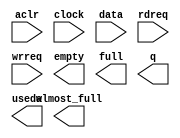
module cpci_pci2net_16x60 (
	aclr,
	clock,
	data,
	rdreq,
	wrreq,
	almost_full,
	empty,
	full,
	q,
	usedw);

	input	  aclr;
	input	  clock;
	input	[59:0]  data;
	input	  rdreq;
	input	  wrreq;
	output	  almost_full;
	output	  empty;
	output	  full;
	output	[59:0]  q;
	output	[3:0]  usedw;

endmodule